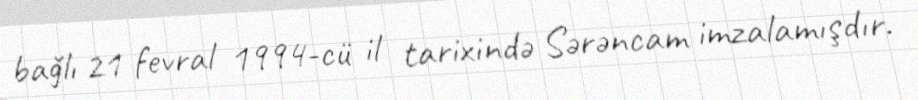
bağlı 21 fevral 1994-cü il tarixində Sərəncam imzalamışdır.